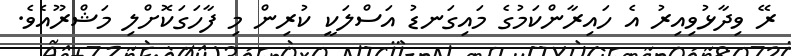
ރޭ ވިދާޅުވިއިރު އެ ހައިރާންކަމުގެ މައިގަނޑު އަސްލަކީ ކުރިން މި ފާހަގަކޮށްލި މަޝްރޫއެވެ.